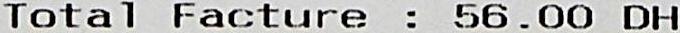
TOTAL FACTURE : 56.00 DH